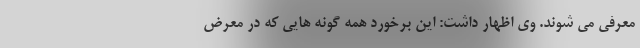
معرفی می شوند. وی اظهار داشت: این برخورد همه گونه هایی که در معرض